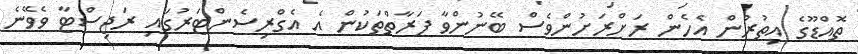
ތޮއްޑޫގެ އިތުރުން އެހެން ރަށްރަށުންވެސް ބޭނުންވާ ފަރާތްތަކުން އެ އެގްރިސެންޓަރުގައި ރަޖިސްޓާ ވެވޭނެ